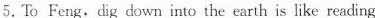
5.To Feng.dig down into the earth is like reading